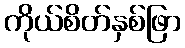
ကိုယ်စိတ်နှစ်ဖြာ